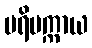
ပရိပက္ကာယ